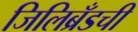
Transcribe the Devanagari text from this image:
जिलिब्रँडची